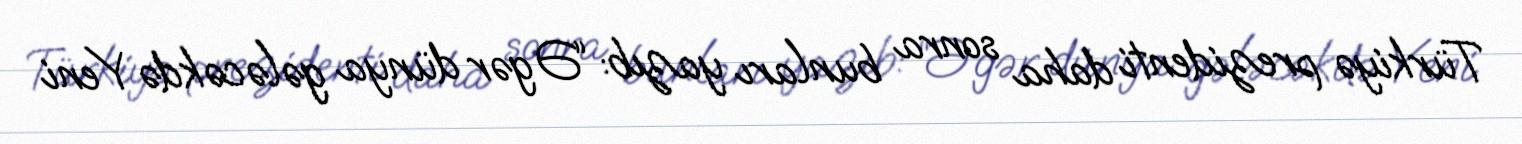
Türkiyə prezidenti daha sonra bunları yazıb: “Əgər dünya gələcəkdə Yeni